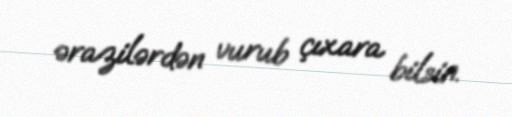
ərazilərdən vurub çıxara bilsin.